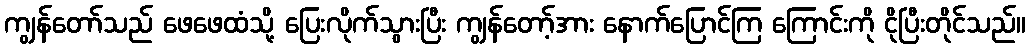
ကျွန်တော်သည် ဖေဖေထံသို့ ပြေးလိုက်သွားပြီး ကျွန်တော့်အား နောက်ပြောင်ကြ ကြောင်းကို ငိုပြီးတိုင်သည်။